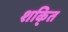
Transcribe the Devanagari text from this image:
शकि्त